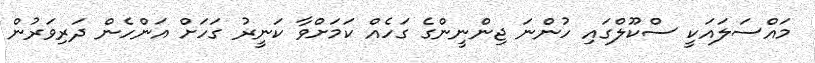
މައްސަލައަކީ ސްކޫލްގައި ހުންނަ ޖިންނީންގެ ގަހެއް ކަމަށްވާ ކަނީރު ގަހަށް އަންހެން ދަރިވަރުން